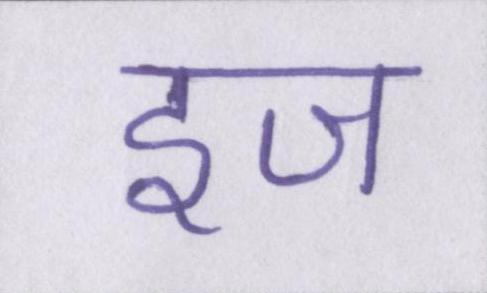
इज